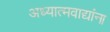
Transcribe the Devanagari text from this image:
अध्यात्मवाद्यांना